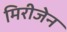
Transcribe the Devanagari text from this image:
मिरीजेन